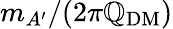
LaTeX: m_{A^{\prime}}/(2\pi\mathbb{Q}_{\mathrm{{DM}}})